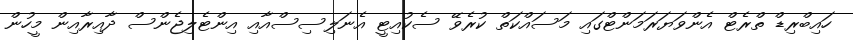
ހައިބްރިޑް ތްރެޓް އެންވަޔަރަމަންޓްގައި މަސައްކަތް ކުރެވޭ ސެކުއިޓީ އެނަލިސިސްއާއި އިންޓެލިޖެންސް ދާއިރާއިން މީހުން